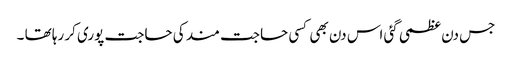
جس دن عظمی گئی اس دن بھی کسی حاجت مند کی حاجت پوری کر رہا تھا ۔